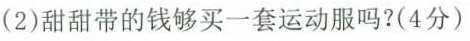
（2）甜甜带的钱够买一套运动服吗？（4分）